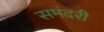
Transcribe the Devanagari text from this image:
समंदरी